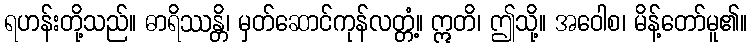
ရဟန်းတို့သည်။ ဓာရိဿန္တိ၊ မှတ်ဆောင်ကုန်လတ္တံ့။ ဣတိ၊ ဤသို့။ အဝေါစ၊ မိန့်တော်မူ၏။